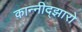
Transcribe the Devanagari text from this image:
कान्नीद्झारो